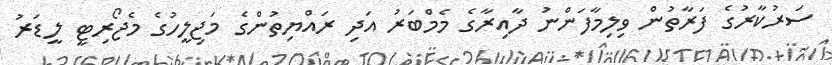
ސަރުކާރުގެ ފަރާތުން ވިލިމާފަންނު ދާއިރާގެ މެމްބަރު އަދި ރައްޔިތުންގެ މަޖިލީހުގެ މެޖޯރިޓީ ލީޑަރު